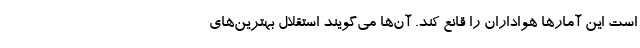
است این آمارها هواداران را قانع کند. آن‌ها می‌گویند استقلال بهترین‌های